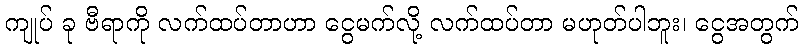
ကျုပ် ခု ဗီရာကို လက်ထပ်တာဟာ ငွေမက်လို့ လက်ထပ်တာ မဟုတ်ပါဘူး၊ ငွေအတွက်